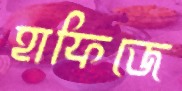
হাফিজে